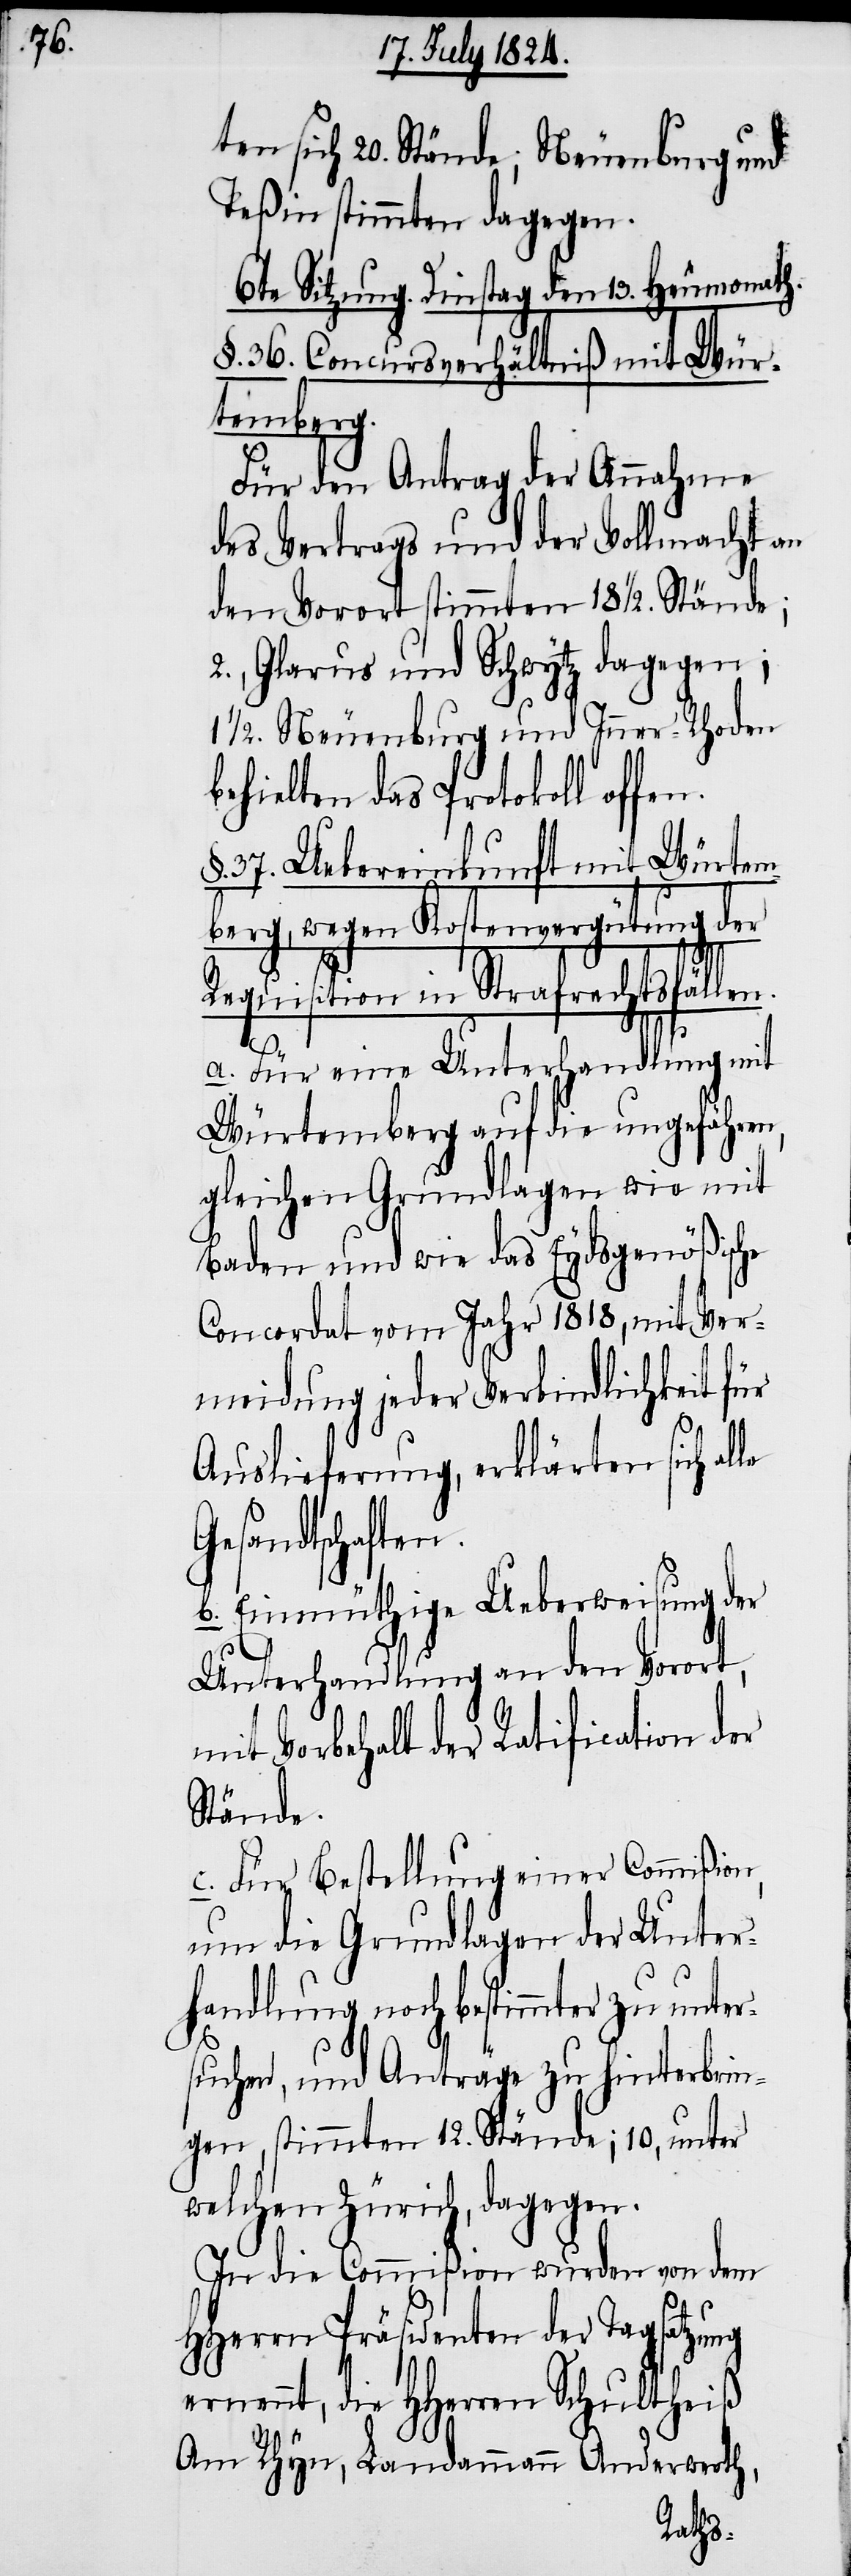
ten sich 20. Stände, Neuenburg und
Teßin stimmten dagegen.
6te Sitzung. Dienstags den 13. Heumonath.
§. 36. Concursverhältniß mit Wür¬
temberg.
Für den Antrag der Annahme
des Vertrags und der Vollmacht an
den Vorort stimmten 18 ½. Stände;
2., Glarus und Schwytz dagegen;
1 ½. Neuenburg und Inner-Rhoden
behielten das Protokoll offen.
37. Uebereinkunft mit Würtem¬
berg, wegen Kostenvergütung der
Requisition in Strafrechtsfällen.
a. Für eine Unterhandlung mit
Würtemberg auf die ungefähren,
gleichen Grundlagen wie mit
Baden und wie das Eydsgenößische
Concordat vom Jahr 1818, mit Ver¬
meidung jeder Verbindlichkeit für
Auslieferung, erklärten sich
Gesandtschaften.
b. Einmüthige Ueberweisung der
Unterhandlung an den Vorort,
mit Vorbehalt der Ratification der
Stände.
c. Für Bestellung einer Commißion,
um die Grundlagen der Unter¬
handlung noch bestimmter zu unter¬
suchen, und Anträge zu hinterbrin¬
gen, stimmten 12. Stände; 10. unter
welchen Zürich, dagegen.
In die Commißion wurden von dem
HHerrn Präsidenten der Tagsatzung
ernennt, die HHerren Schultheiß
Am Rhyn, Landammann Anderwerth,